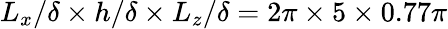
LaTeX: L_{x}/\delta\times h/\delta\times L_{z}/\delta=2\pi\times 5\times 0.77\pi